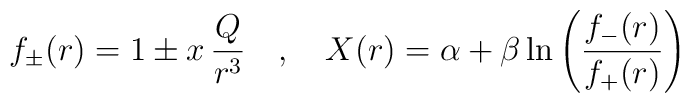
f_{\pm}(r) = 1 \pm x\, \frac{Q}{r^3} ~~~,~~~ X(r) = \alpha + \beta \ln \left(\frac{f_{-}(r)}{f_{+}(r)} \right)